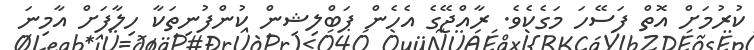
ކުރުމަށް އޮތް ފަސޭހަ މަގެކެވެ. ރާއްޖޭގެ އެހެން ޕަބްލިޝިން ކުންފުނިތަކާ ހިލާފަށް އާމިނަ